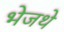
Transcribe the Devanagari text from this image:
भेजथे